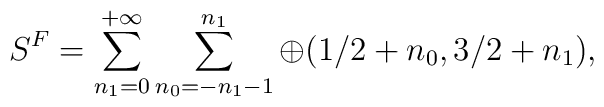
S^{F} = \sum^{+\infty}_{n_{1}=0} \sum^{n_{1}}_{n_{0}=-n_{1}-1}\oplus (1/2+n_{0}, 3/2+n_{1}),